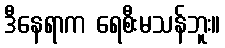
ဒီနေရာက ရေစီးမသန်ဘူး။